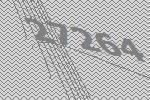
27264